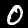
Digit: 0